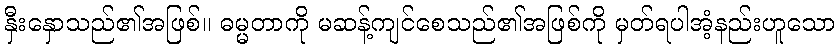
နှီးနှောသည်၏အဖြစ်။ ဓမ္မတာကို မဆန့်ကျင်စေသည်၏အဖြစ်ကို မှတ်ရပါအံ့နည်းဟူသော